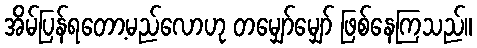
အိမ်ပြန်ရတော့မည်လောဟု တမျှော်မျှော် ဖြစ်နေကြသည်။